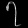
Digit: ၇